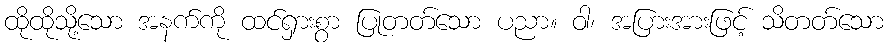
ထိုထိုသို့သော အနက်ကို ထင်ရှားစွာ ပြုတတ်သော ပညာ။ ဝါ၊ အပြားအားဖြင့် သိတတ်သော